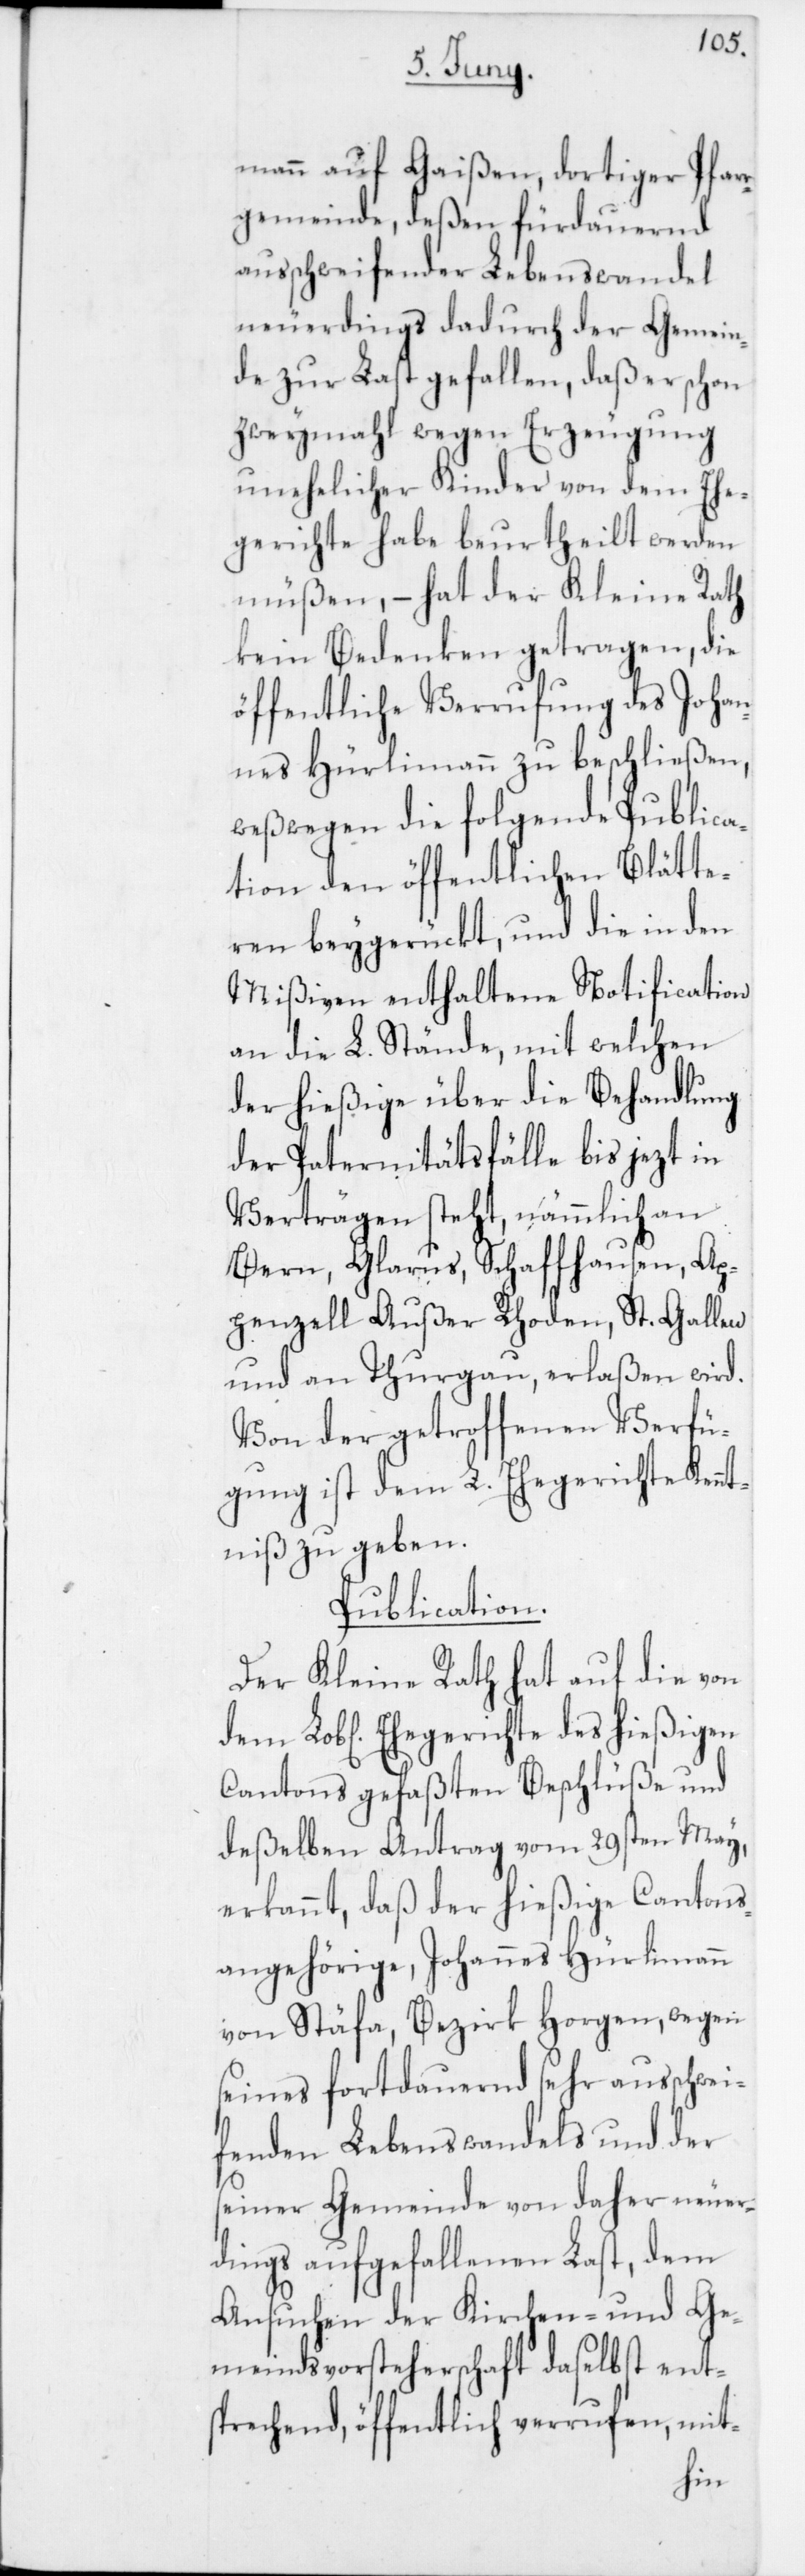
mann auf Gaißen, dortiger Pfar¬
rgemeinde, deßen fürdauernd
ausschweifender Lebenswandel
neuerdings dadurch der Gemein¬
de zur Last gefallen, daß er schon
zweymahl wegen Erzeugung
unehelicher Kinder von dem Ehe¬
gerichte habe beurtheilt werden
müßen, – hat der Kleine Rath
kein Bedenken getragen, die
öffentliche Verrufung des Johan¬
nes Hürlimann zu beschließen,
weßwegen die folgende Publica¬
tion den öffentlichen Blätte¬
ren beigerückt, und die in den
Mißiven enthaltene Notification
an die L. Stände, mit welchen
der hießige über die Behandlung
der Paternitätsfälle bis jezt in
Verträgen steht, nämmlich an
Bern, Glarus, Schaffhausen, Ap¬
penzell A. R., St. Gallen
und an Thurgau, erlaßen wird.
Von der getroffenen Verfü¬
gung ist dem L. Ehegerichte Kenn¬
tniß zu geben.
Publication.
Der Kleine Rath hat auf die von
Cantons gefaßte Beschlüße und
deßelben Antrag vom 29sten May,
erkannt, daß der hießige Cantons¬
angehörige, Johannes Hürlimann
von Stäfa, Bezirk Horgen, wegen
seines fortdauernd sehr ausschwei¬
fenden Lebenswandels und der
seiner Gemeinde von daher neuer¬
dings aufgefallenen Last, dem
Ansuchen der Kirchen- und Ge¬
meinds-Vorsteherschaft daselbst ent¬
sprechend, öffentlich verrufen, mit-